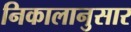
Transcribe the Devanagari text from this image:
निकालानुसार